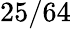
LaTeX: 25/64